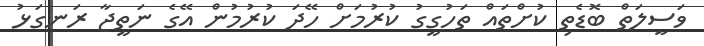
ވަސީލަތް ބޮޑެތި ކުށްތައް ތަހުގީގު ކުރުމަށް ހޭދަ ކުރުމުން އޭގެ ނަތީޖާ ރަނގަޅު